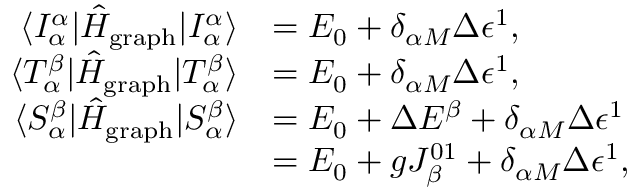
\begin{array} { r l } { \langle I _ { \alpha } ^ { \alpha } | \hat { H } _ { \mathrm { g r a p h } } | I _ { \alpha } ^ { \alpha } \rangle } & { = E _ { 0 } + \delta _ { \alpha M } \Delta \epsilon ^ { 1 } , } \\ { \langle T _ { \alpha } ^ { \beta } | \hat { H } _ { \mathrm { g r a p h } } | T _ { \alpha } ^ { \beta } \rangle } & { = E _ { 0 } + \delta _ { \alpha M } \Delta \epsilon ^ { 1 } , } \\ { \langle S _ { \alpha } ^ { \beta } | \hat { H } _ { \mathrm { g r a p h } } | S _ { \alpha } ^ { \beta } \rangle } & { = E _ { 0 } + \Delta E ^ { \beta } + \delta _ { \alpha M } \Delta \epsilon ^ { 1 } } \\ & { = E _ { 0 } + g J _ { \beta } ^ { 0 1 } + \delta _ { \alpha M } \Delta \epsilon ^ { 1 } , } \end{array}